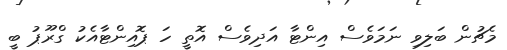
މެޗުން ބަލިވި ނަމަވެސް އިންޓާ އަދިވެސް އޮތީ ހަ ޕޮއިންޓާއެކު ގްރޫޕު ބީ